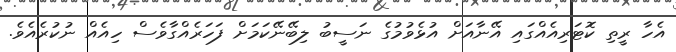
އެހާ ރީތި ކޮޓަރިއެއްގައި އޭނާއަށް އުޅެވުމުގެ ނަސީބު ލިބޭނޭކަމަށް ފަހަރެއްގާވެސް ހިއެއް ނުކުރެއެވެ.